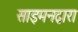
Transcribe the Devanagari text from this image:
साइमनद्वारा